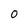
Character: O